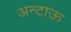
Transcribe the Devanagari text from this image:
अन्टाऊ